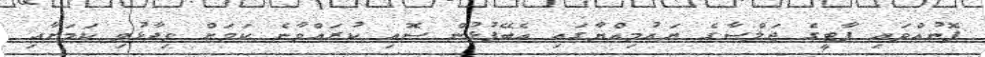
ފޮނުއްވައި ޕާޓީގެ ޖަލްސާގެ ޔައުމިއްޔާގައި އެބޭފުޅުން ސޮއި ކުރައްވާނެ ކަމަށް ވިދާޅުވި ކަމަށާއި